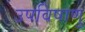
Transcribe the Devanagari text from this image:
उपविषाणु